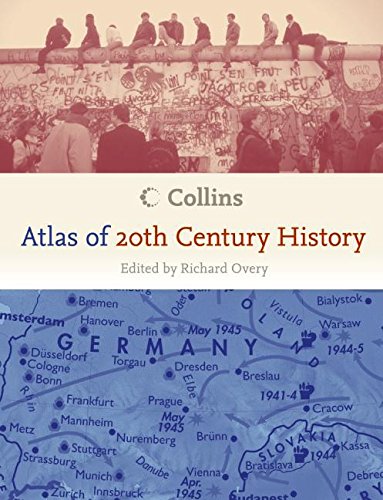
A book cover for Collins Atlas of 20th Century History; Richard Overy; History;